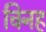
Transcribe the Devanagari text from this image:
चिनह